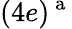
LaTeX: (4e)^{\mathrm{~a~}}